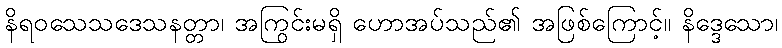
နိရဝသေသဒေသနတ္တာ၊ အကြွင်းမရှိ ဟောအပ်သည်၏ အဖြစ်ကြောင့်။ နိဒ္ဒေသော၊